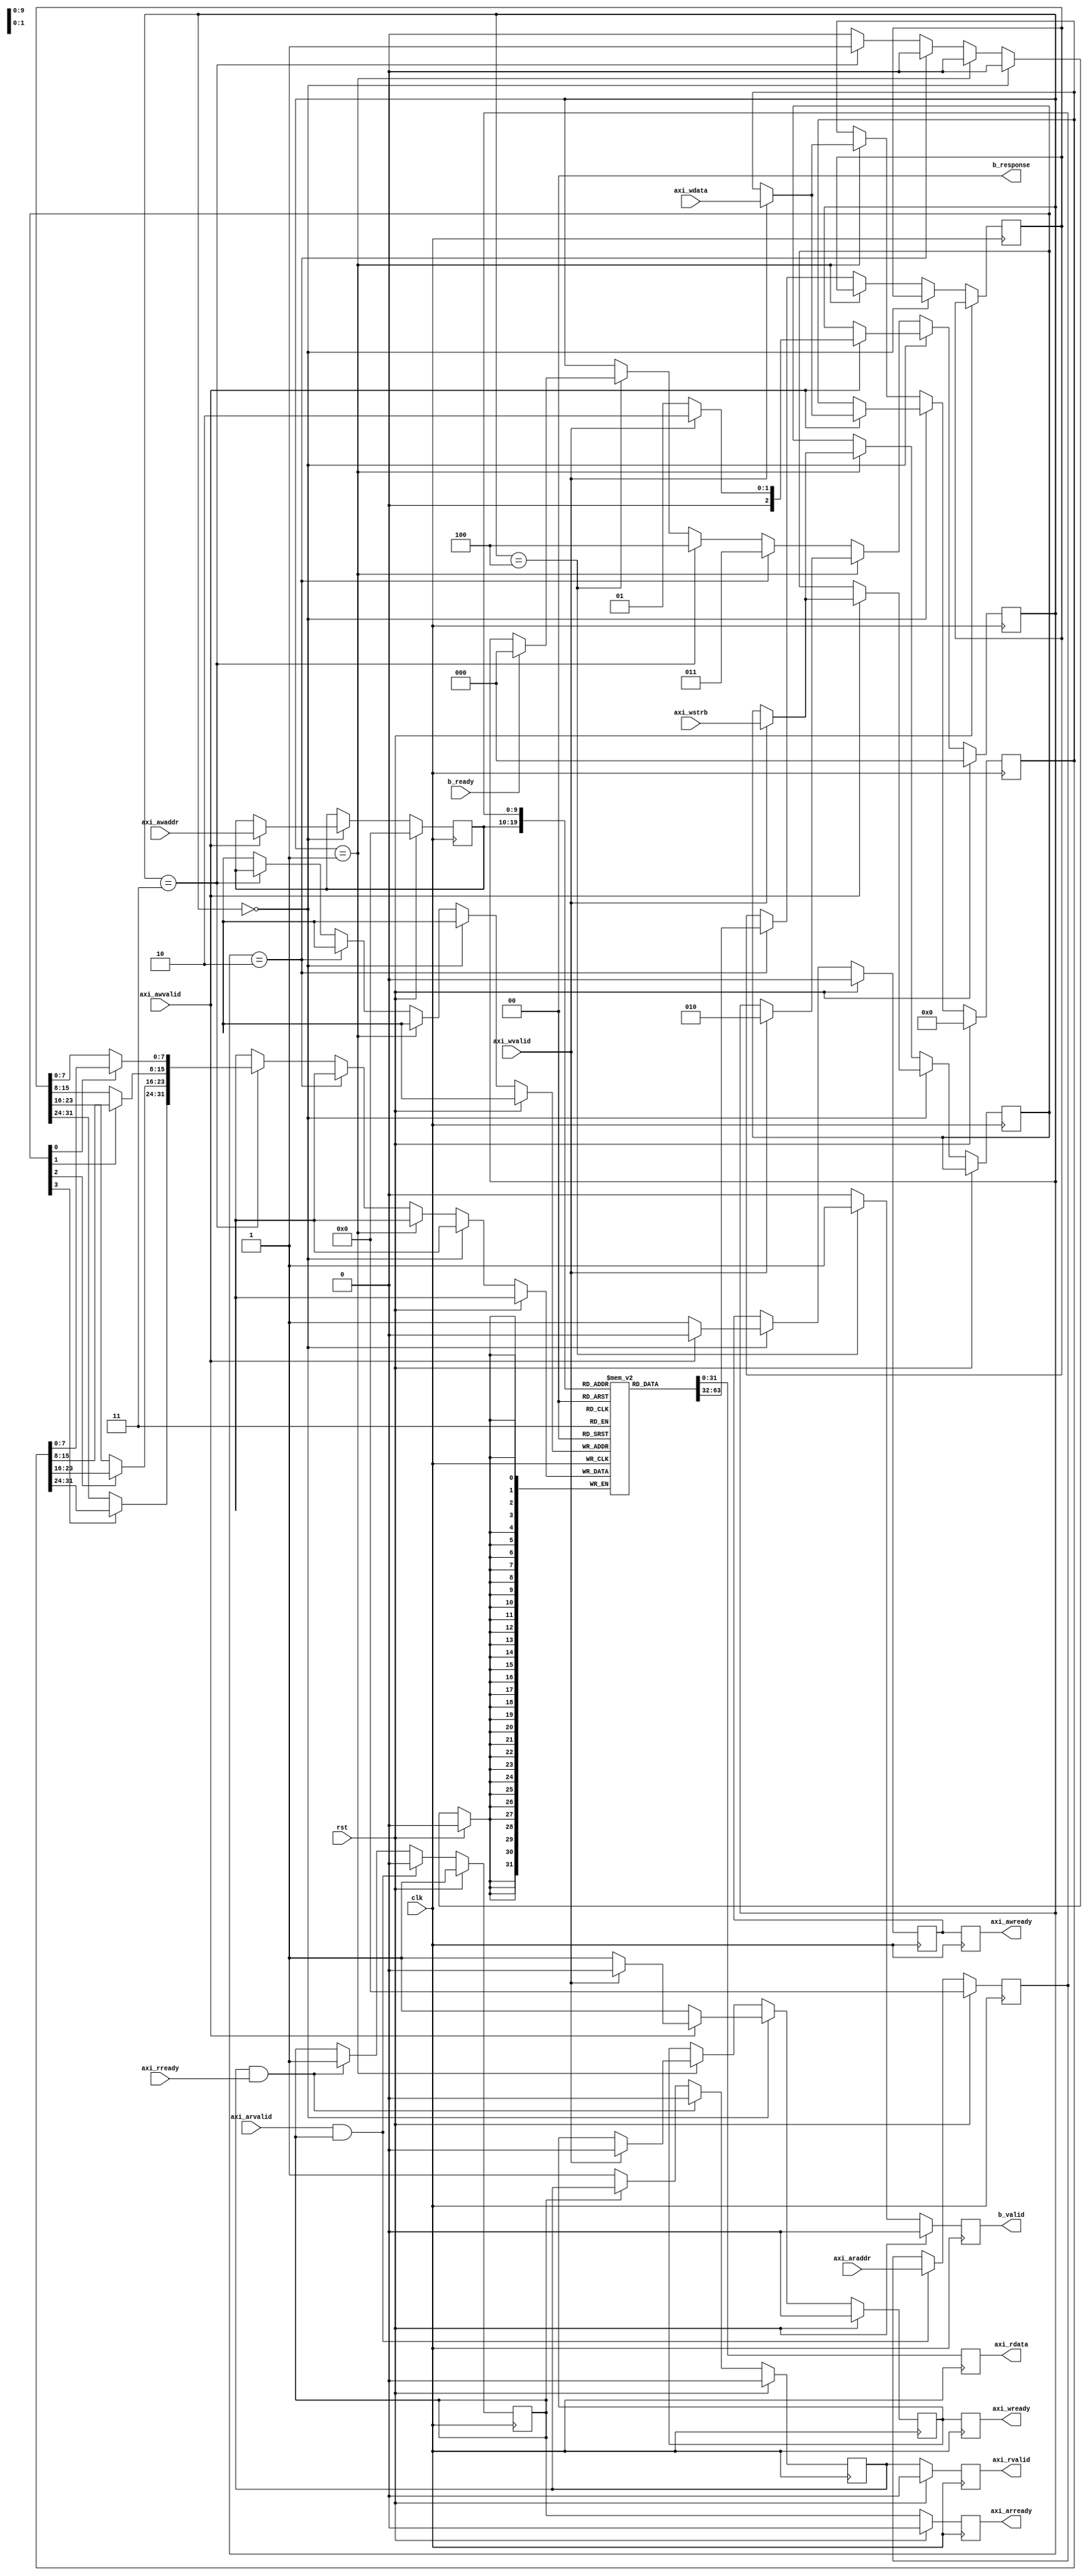
`timescale 1ps/1ps

module bram_axi(
clk,rst,
axi_araddr,axi_arvalid,axi_arready,
axi_awaddr,axi_awvalid,axi_awready,
axi_rdata,axi_rvalid,axi_rready,
axi_wdata,axi_wstrb,axi_wvalid,axi_wready,
b_ready,b_valid,b_response
);


parameter ADDR_WIDTH = 10;
parameter DATA_WIDTH = 32;

input clk;
input rst;
input 		[ADDR_WIDTH-1:0] 	axi_araddr;
input 			 		axi_arvalid;
output	reg 				axi_arready;
input 		[ADDR_WIDTH-1:0] 	axi_awaddr;
input 			 		axi_awvalid;
output	reg				axi_awready;
output	reg 	[DATA_WIDTH-1:0] 	axi_rdata;
output	reg	 			axi_rvalid;
input 			 		axi_rready;
input 		[DATA_WIDTH-1:0] 	axi_wdata;
input 		[(DATA_WIDTH>>3)-1:0] 	axi_wstrb;
input 			 		axi_wvalid;
output	reg				axi_wready;
input 					b_ready;
output	reg				b_valid;
output	[1:0] 			b_response;



reg [ADDR_WIDTH-1:0] axi_araddr_buff;
reg axi_arready_internal;
reg axi_rvalid_internal;
reg [ADDR_WIDTH-1:0] axi_awaddr_buff;
reg [DATA_WIDTH-1:0] axi_wdata_buff;
reg [(DATA_WIDTH>>3)-1:0] axi_wstrb_buff;

assign b_response = 0;
//////////////////////////////////////////////////////////  MEMORY /////////////////////////////////////

reg [DATA_WIDTH-1:0] mem [0: (2**ADDR_WIDTH)-1];

integer i;
initial begin
	for (i = 0 ; i < (2**ADDR_WIDTH); i=i+1) begin
	mem[i] = 0;		
	end
end

/////////////////////////////////////////////////////////   READ ///////////////////////////////////////

always @(posedge clk) begin
	axi_rdata = mem[axi_araddr_buff];
	if (rst) begin
		axi_arready <= 0;
		axi_rvalid <= 0;
	end else begin
		axi_arready <= axi_arready_internal;
		axi_rvalid <= axi_rvalid_internal;
	end
end


always @(negedge clk) begin
	if (rst)
		axi_rvalid_internal <= 1'b0;
	else if (axi_rvalid_internal && axi_rready)
		axi_rvalid_internal <= 1'b0;
	else if (axi_arready_internal == 0)
		axi_rvalid_internal <= 1'b1;
end




always @(negedge clk) begin
	if (rst) begin
		axi_arready_internal <= 1;
		axi_araddr_buff <= 0;
	end else if (axi_arvalid && axi_arready_internal) begin
		axi_arready_internal <= 0;
		axi_araddr_buff <= axi_araddr;
	end else if (axi_rvalid_internal && axi_rready) begin
		axi_arready_internal <= 1'b1;
	end
end

/////////////////////////////////////////////////////////////////////// WRITE //////////////////////////////////////////////////


reg [DATA_WIDTH-1:0] write_data;
reg [DATA_WIDTH-1:0] write_data_masked;
reg [2:0] w_state;
	
integer j;
always @(*) begin
	for (j=0; j < (DATA_WIDTH>>3); j=j+1) begin
		write_data_masked[(j<<3)+:8] = axi_wstrb_buff[j] ? axi_wdata_buff[(j<<3)+:8] : write_data[(j<<3)+:8];
	end
end

always @(posedge clk) begin
	if (rst) 
		b_valid <= 0;
	else if (w_state == 3'd4)
		b_valid <= 1'b1;
	else 
		b_valid <= 1'b0;
end
	

reg axi_wready_internal;
reg axi_awready_internal;

always @(posedge clk) begin
	axi_wready <= axi_wready_internal;
	axi_awready <= axi_awready_internal;
end

always @(negedge clk) begin
	if (rst) begin 
		axi_awaddr_buff <= 0;
		axi_awready_internal	<= 0;
		axi_wdata_buff <= 0;
		axi_wready_internal	<= 0;
		w_state <= 0;	
	end else if (w_state == 0) begin
		axi_wready_internal	<= 1;
		axi_awready_internal	<= 1;
		if (axi_awvalid) begin
			axi_awaddr_buff <= axi_awaddr;
			axi_awready_internal	<= 0;
			w_state <= 3'd1;
			if (axi_wvalid) begin
				axi_wdata_buff <=  axi_wdata;
				axi_wstrb_buff <= axi_wstrb;
				axi_wready_internal	<= 0;
				w_state <= 3'd2;
			end
		end	
	end else if (w_state == 3'd1) begin
		if (axi_wvalid) begin
			axi_wdata_buff <=  axi_wdata;
			axi_wstrb_buff <= axi_wstrb;
			axi_wready_internal	<= 0;
			w_state <= 3'd2;
		end		
	end else if (w_state == 3'd2) begin
		write_data <= mem[axi_awaddr_buff];
		w_state <= 3'd3;			
	end else if (w_state == 3'd3) begin
		mem[axi_awaddr_buff] <= write_data_masked; 
		w_state <= 3'd4;
	end else if (w_state == 3'd4) begin
		if (b_ready) 
			w_state <= 3'd0;
	end
end
endmodule